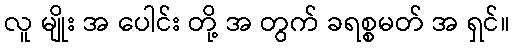
လူ မျိုး အ ပေါင်း တို့ အ တွက် ခရစ္စမတ် အ ရှင်။